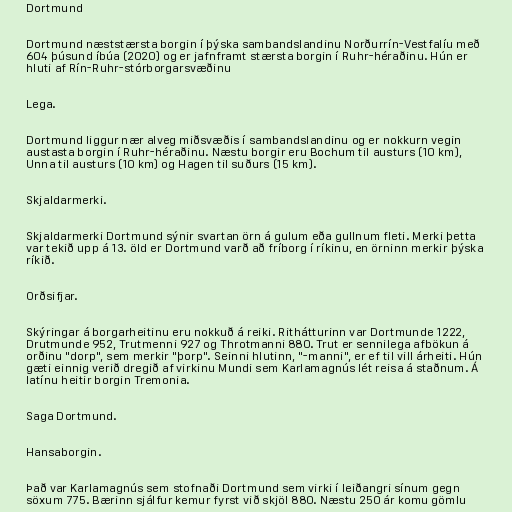
Dortmund

Dortmund næststærsta borgin í þýska sambandslandinu Norðurrín-Vestfalíu með
604 þúsund íbúa (2020) og er jafnframt stærsta borgin í Ruhr-héraðinu. Hún er
hluti af Rín-Ruhr-stórborgarsvæðinu

Lega.

Dortmund liggur nær alveg miðsvæðis í sambandslandinu og er nokkurn vegin
austasta borgin í Ruhr-héraðinu. Næstu borgir eru Bochum til austurs (10 km),
Unna til austurs (10 km) og Hagen til suðurs (15 km).

Skjaldarmerki.

Skjaldarmerki Dortmund sýnir svartan örn á gulum eða gullnum fleti. Merki þetta
var tekið upp á 13. öld er Dortmund varð að fríborg í ríkinu, en örninn merkir þýska
ríkið.

Orðsifjar.

Skýringar á borgarheitinu eru nokkuð á reiki. Rithátturinn var Dortmunde 1222,
Drutmunde 952, Trutmenni 927 og Throtmanni 880. Trut er sennilega afbökun á
orðinu "dorp", sem merkir "þorp". Seinni hlutinn, "-manni", er ef til vill árheiti. Hún
gæti einnig verið dregið af virkinu Mundi sem Karlamagnús lét reisa á staðnum. Á
latínu heitir borgin Tremonia.

Saga Dortmund.

Hansaborgin.

Það var Karlamagnús sem stofnaði Dortmund sem virki í leiðangri sínum gegn
söxum 775. Bærinn sjálfur kemur fyrst við skjöl 880. Næstu 250 ár komu gömlu